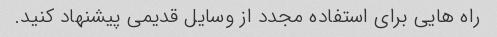
راه هایی برای استفاده مجدد از وسایل قدیمی پیشنهاد کنید.